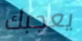
يعجبك